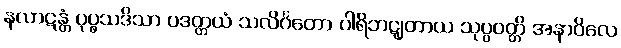
နလာဋန္တံ ပုပ္ဖသဒိသာ ပဒတ္တယံ သလိင်္ဂတော ပါရိဘဋျတာယ သုပ္ပဝတ္တိ အနာဝိလေ